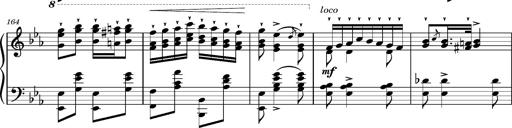
Title: Magyar rapszÃ³diÃ¡k
Composer: Franz Liszt